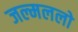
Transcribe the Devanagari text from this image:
जल्मललो